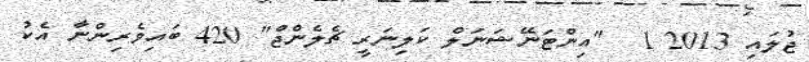
ޖުލައި 2013 1  "އިންޓަނޭޝަނަލް ކަލިނަރީ ޗެލެންޖް" 420 ބައިވެރިންނާ އެކު